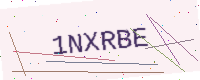
Text: 1NXRBE